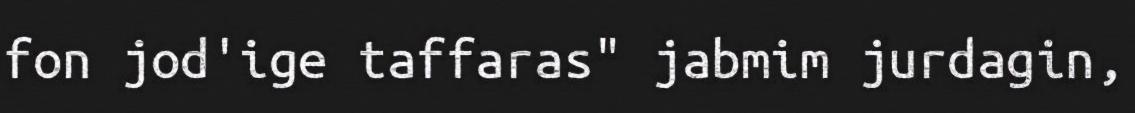
fon jod'ige taffaras" jabmim jurdagin,